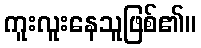
ကူးလူးနေသူဖြစ်၏။